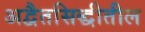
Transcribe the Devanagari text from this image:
अद्वैतसिद्धीतील